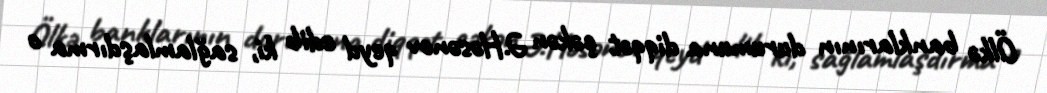
Ölkə banklarının durumuna diqqət çəkən Ə.Həsənov qeyd edib ki, sağlamlaşdırma o